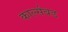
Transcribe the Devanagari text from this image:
कार्ल्सबड